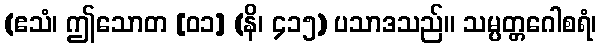
(ဧသံ၊ ဤသောတ [၀၁] (နိ၊ ၄၁၅) ပသာဒသည်။ သမ္ပတ္တဂေါစရံ၊